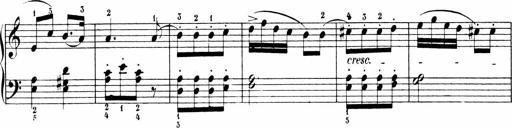
Title: 6 Sonatinas
Composer: Carl Reinecke